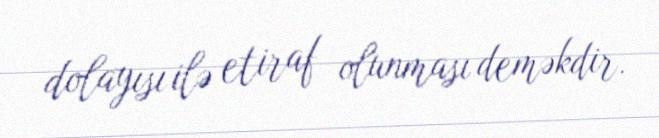
dolayısı ilə etiraf olunması deməkdir.